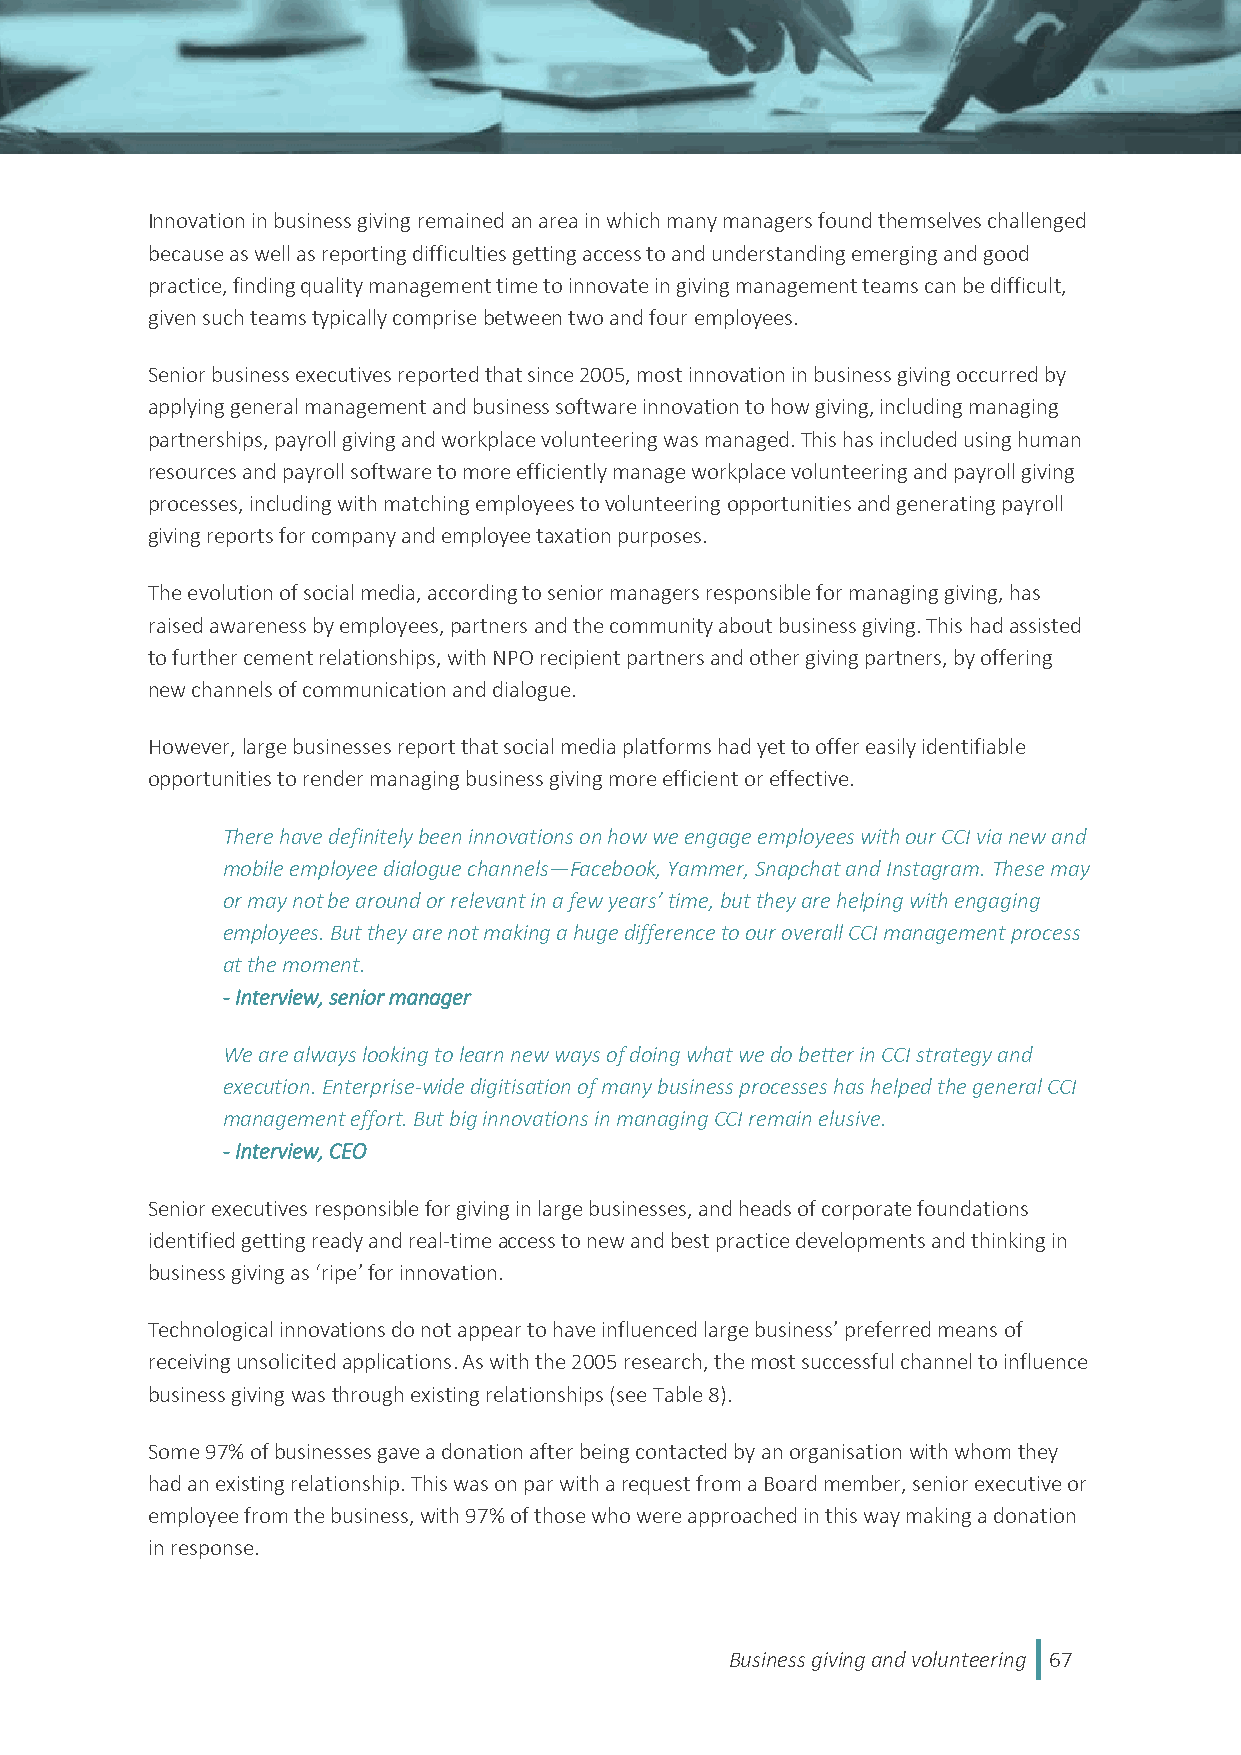
Innovation in business giving remained an area in which many managers found themselves challenged
 because as well as reporting difficulties getting access to and understanding emerging and good
 practice, finding quality management time to innovate in giving management teams can be difficult,
 given such teams typically comprise between two and four employees.
 Senior business executives reported that since 2005, most innovation in business giving occurred by
 applying general management and business software innovation to how giving, including managing
 partnerships, payroll giving and workplace volunteering was managed. This has included using human
 resources and payroll software to more efficiently manage workplace volunteering and payroll giving
 processes, including with matching employees to volunteering opportunities and generating payroll
 giving reports for company and employee taxation purposes.
 The evolution of social media, according to senior managers responsible for managing giving, has
 raised awareness by employees, partners and the community about business giving. This had assisted
 to further cement relationships, with NPO recipient partners and other giving partners, by offering
 new channels of communication and dialogue.
 However, large businesses report that social media platforms had yet to offer easily identifiable
 opportunities to render managing business giving more efficient or effective.
 There have definitely been innovations on how we engage employees with our CCI via new and
 mobile employee dialogue channels—Facebook, Yammer, Snapchat and Instagram. These may
 or may not be around or relevant in a few years’ time, but they are helping with engaging
 employees. But they are not making a huge difference to our overall CCI management process
 at the moment.
 - Interview, senior manager
 We are always looking to learn new ways of doing what we do better in CCI strategy and
 execution. Enterprise-wide digitisation of many business processes has helped the general CCI
 management effort. But big innovations in managing CCI remain elusive.
 - Interview, CEO
 Senior executives responsible for giving in large businesses, and heads of corporate foundations
 identified getting ready and real-time access to new and best practice developments and thinking in
 business giving as ‘ripe’ for innovation.
 Technological innovations do not appear to have influenced large business’ preferred means of
 receiving unsolicited applications. As with the 2005 research, the most successful channel to influence
 business giving was through existing relationships (see Table 8).
 Some 97% of businesses gave a donation after being contacted by an organisation with whom they
 had an existing relationship. This was on par with a request from a Board member, senior executive or
 employee from the business, with 97% of those who were approached in this way making a donation
 in response.
 Business giving and volunteering 67